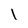
Character: I